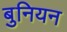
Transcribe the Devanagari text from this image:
बुनियन